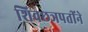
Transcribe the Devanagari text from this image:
शिवछञपतींने